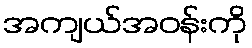
အကျယ်အဝန်းကို